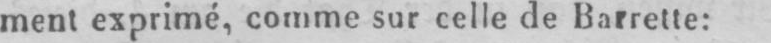
ment exprimé, comme sur celle de Barrette: